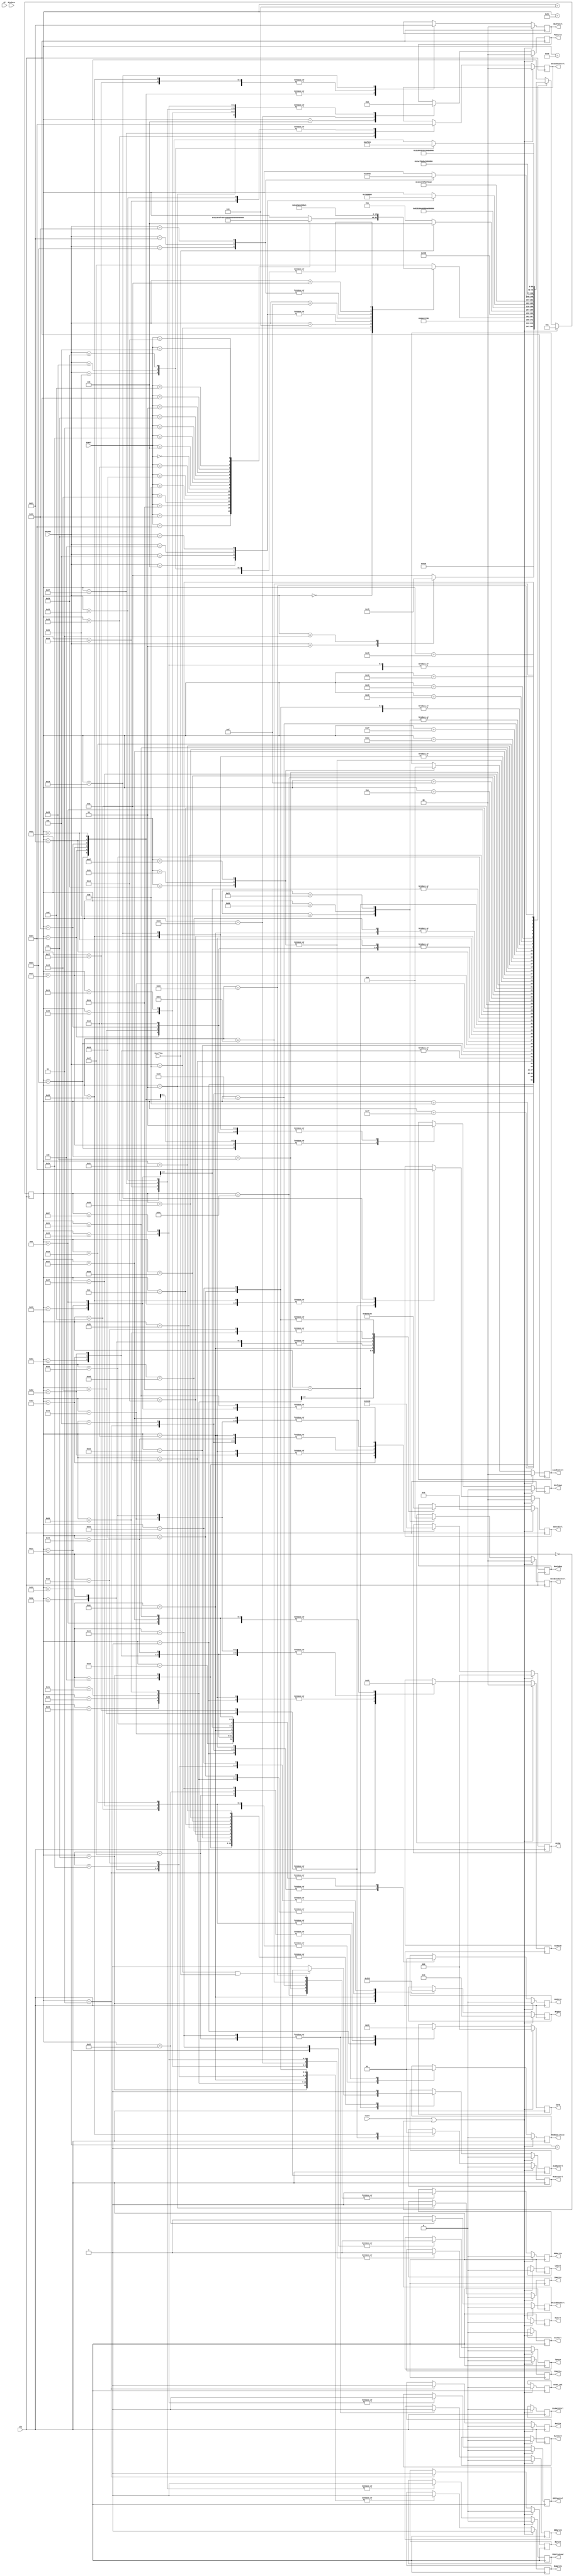
module control_unit(
    input wire clk,
    input wire reset,

    input wire [5:0] OPCODE,
    input wire [5:0] FUNCT,

    input wire Overflow, //checar se t certo
    input wire DivZero,
    input wire GT,

    // multiplexadores 

    output reg [2:0] IorD,
    output reg WriteDataCtrl,
    output reg [2:0] RegDst,
    output reg [3:0] MemtoReg,
    output reg ReduceCtrl,
    output reg [1:0] ShiftCtrl,
    output reg [1:0] EntryCtrl,
    output reg ALUSrcA,
    output reg [1:0] ALUSrcB,
    output reg ignore,
    output reg DivMultCtrl,
    output reg [1:0] BranchControl,
    output reg [1:0] PCSource,

    // escrevendo em registradores

    output reg PCWriteCond, // checar
    output reg PCWrite,
    output reg MDRwrite,
    output reg ENDwrite,
    output reg IRwrite,
    output reg RegWrite, 
    output reg ShiftOp3,
    output reg Awrite,
    output reg Bwrite,
    output reg HiCtrl,
    output reg LoCtrl,
    output reg ALUOutCtrl,
    output reg EPCControl,

    // ctrls de componentes

    output reg [1:0] WordCrackerCtrl, // 00 = word, 01 = half , 10 = byte
    output reg MemRead_Write, 
    output reg [1:0] LoadControl,
    output reg [2:0] ALUOp,
    output reg DivCtrl,
    output reg MultCtrl,

    // reset

    output reg reset_out // olhar

);

// Opcodes Parameters

// R instructions
parameter R_OPCODE = 6'h0;
parameter ADD_FUNCT = 6'h20;
parameter AND_FUNCT = 6'h24;
parameter DIV_FUNCT = 6'h1a;
parameter MULT_FUNCT = 6'h18;
parameter JR_FUNCT = 6'h8;
parameter MFHI_FUNCT = 6'h10;
parameter MFLO_FUNCT = 6'h12;
parameter SLL_FUNCT = 6'h0;
parameter SLLV_FUNCT = 6'h4;
parameter SLT_FUNCT = 6'h2a;
parameter SRA_FUNCT = 6'h3;
parameter SRAV_FUNCT = 6'h7;
parameter SRL_FUNCT = 6'h2;
parameter SUB_FUNCT = 6'h22;
parameter BREAK_FUNCT = 6'hd;
parameter RTE_FUNCT = 6'h13;
parameter XCHG_FUNCT = 6'h5;


// I instructions
parameter ADDI = 6'h8;
parameter ADDIU = 6'h9;
parameter BEQ = 6'h4;
parameter BNE = 6'h5;
parameter BLE = 6'h6;
parameter BGT = 6'h7;
parameter SRAM = 6'h1;
parameter LB = 6'h20;
parameter LH = 6'h21;
parameter LUI = 6'hf;
parameter LW = 6'h23;
parameter SB = 6'h28;
parameter SH = 6'h29;
parameter SLTI = 6'ha;
parameter SW = 6'h2b;

// J instructions
parameter J = 6'h2; 
parameter JAL = 6'h3; 

// States Paramaters

parameter state_reset = 7'd0;
parameter state_fetch1 = 7'd1;
parameter state_fetch2 = 7'd2;
parameter state_decode = 7'd3;

parameter state_jump = 7'd4;
parameter state_jal1 = 7'd5;
parameter state_jal2 = 7'd6;
parameter state_jal3 = 7'd7;
parameter state_jal4 = 7'd8;
parameter state_jal5 = 7'd79;
parameter state_jal6 = 7'd80;
parameter wait1 = 7'd9;

parameter state_aluout = 7'd10; 

parameter state_sram1 = 7'd11; 
parameter state_sram2 = 7'd12;
parameter state_sram3 = 7'd13;
parameter state_sram4 = 7'd14;
parameter state_sram5 = 7'd15;
parameter state_sram6 = 7'd92;
parameter state_sram7 = 7'd93;

parameter state_RDBR = 7'd16;
parameter state_RTBR = 7'd99;

parameter wait2 = 7'd17;

parameter state_break1 = 7'd18;
parameter state_break2 = 7'd19;
parameter state_break3 = 7'd20;

parameter state_rte = 7'd21;

parameter state_lui = 7'd22;

parameter state_srav = 7'd23;

parameter state_sllv = 7'd24;

parameter state_addi1 = 7'd25;
parameter state_addi2_addiu2 = 7'd26;
parameter state_slti1 = 7'd87;
parameter state_slti2 = 7'd88; 
parameter state_slti3 = 7'd27;
parameter state_addiu1 = 7'd28;
parameter state_addi3_addiu3 = 7'd89;

parameter state_addiu2 = 7'd30;

parameter state_sra1 = 7'd31;
parameter state_sra2 = 7'd32;

parameter state_srl1 = 7'd33;
parameter state_srl2 = 7'd34;

parameter state_sll1 = 7'd35;
parameter state_sll2 = 7'd36;

parameter state_load1 = 7'd37;
parameter state_load2 = 7'd38;
parameter state_load3 = 7'd39;
parameter state_load4 = 7'd40;
parameter state_lw = 7'd41;
parameter state_lb = 7'd94;
parameter state_lh = 7'd95;
parameter state_load6 = 7'd42;

parameter state_sw = 7'd43;  // 1, 2, 3, 4, 5, 6, separa, escrita na memoria 
parameter state_sh = 7'd49;
parameter state_sb = 7'd96;

parameter state_store1 = 7'd97;
parameter state_store2 = 7'd44;
parameter state_store3 = 7'd45;
parameter state_store4 = 7'd46;
parameter state_store5 = 7'd47;
parameter state_store6 = 7'd48;
parameter state_store8 = 7'd98;


parameter state_ula = 7'd50;

parameter state_aluout2 = 7'd51;
parameter state_aluout3 = 7'd84;

parameter state_branch1 = 7'd90;
parameter state_branch2 = 7'd91;

parameter state_bgt = 7'd53;

parameter state_bne = 7'd54;

parameter state_ble = 7'd55;

parameter state_beq = 7'd56;

parameter state_div = 7'd57;
parameter wait4 = 7'd58;

parameter state_divzero1 = 7'd59;
parameter state_divzero2 = 7'd60;
parameter state_divzero3 = 7'd61;

parameter state_mult = 7'd62;
parameter wait5 = 7'd63;

parameter state_jr = 7'd64;
parameter state_jr2 = 7'd85;
parameter wait6 = 7'd65;

parameter state_slt = 7'd66;
parameter state_slt2 = 7'd86;

parameter state_add_sub_and = 7'd67; // separou state_add_sub_and pq cada um tem um aluOp diferente
parameter state_add = 7'd81;
parameter state_sub = 7'd82;
parameter state_and = 7'd83;


parameter state_overflow1 = 7'd68;
parameter state_overflow2 = 7'd69;
parameter state_overflow3 = 7'd70;
parameter state_overflow4 = 7'd102;
parameter state_overflow5 = 7'd103;

parameter state_opcode_error1 = 7'd71; // opcode inxeistente?
parameter state_opcode_error2 = 7'd72;
parameter state_opcode_error3 = 7'd73;
parameter state_opcode_error4 = 7'd100;
parameter state_opcode_error5 = 7'd101;

parameter state_mflo = 7'd74;

parameter state_mfhi = 7'd75;

parameter state_xchg1 = 7'd76;
parameter state_xchg2 = 7'd77;
parameter state_xchg3 = 7'd78;

reg [5:0] counter;
reg [6:0] state;
reg [5:0] shiftmode;

initial begin
    reset_out = 1;
    state = state_reset;
end

always @(posedge clk) begin
    if (reset == 1'b1 || state == state_reset) begin
        // pegando o prximo estado
        state <= state_fetch1;
        // resetando os sinais
        IorD <= 3'b0;
        WriteDataCtrl <= 0;
        RegDst <= 3'b0;
        MemtoReg <= 4'b0;
        ReduceCtrl <= 0;
        ShiftCtrl <= 2'b0;
        EntryCtrl <= 2'b0;
        ALUSrcA <= 0;
        ALUSrcB <= 2'b0;
        ignore <= 0;
        DivMultCtrl <= 0;
        BranchControl <= 2'b0;
        PCSource <= 2'b0;
        PCWriteCond <= 0;
        PCWrite <= 0;
        MDRwrite <= 0;
        ENDwrite <= 0; 
        IRwrite <= 0;
        RegWrite <= 0;  
        ShiftOp3 <= 0; 
        Awrite <= 0; 
        Bwrite <= 0; 
        HiCtrl <= 0; 
        LoCtrl <= 0; 
        ALUOutCtrl <= 0; 
        EPCControl <= 0; 
        WordCrackerCtrl <= 2'b0;
        MemRead_Write <= 0; 
        LoadControl <= 2'b0;
        ALUOp <= 3'b0;
        DivCtrl <= 0; 
        MultCtrl <= 0; 
        reset_out <= 0;
        
        // resetando a pilha
        RegDst <= 3'b010;
        MemtoReg <= 4'b0101;
        RegWrite <= 1;
    end 
    else begin
        case(state)

            state_fetch1:begin // valor de pc + leitura de memory + calculo de (pc + 4)
                IorD <= 3'b000;
                MemRead_Write <= 0;
                ALUSrcA <= 0;
                ALUSrcB <= 2'b01;
                ALUOp <= 3'b001;
                state <= state_fetch2;
            end
            state_fetch2:begin // sai da memoria e escreve no IR
                PCSource <= 2'b10;
                PCWrite <= 1;
                IRwrite <= 1;
                state <= state_decode;
            end
            state_decode: begin // leitura, decodificao e escrita
                ALUSrcA <= 0;
                ALUSrcB <= 2'b11;
                ALUOp <= 3'b000; // carregamento -> essa operacao tem que mudar pra executar outra instrucao, como fazer essa verificacao antes de mandar pro estado de aluout?
                Awrite <= 1;
                Bwrite <= 1;
                case (OPCODE)

                    default: begin
                        state <= state_aluout; // coloca em aluOut
                    end

                    J: begin 
                        state <= state_jump; // pula para o estado de jump
                    end

                    JAL: begin
                        state <= state_jal1; // pula para o estado de jal
                    end

                endcase
            end
            state_jump: begin // ok
                PCSource <= 2'b00;
                PCWrite <= 1;
                state <= state_fetch1;
            end
            state_jal1: begin // ok
                ALUSrcA <= 0;
                ALUOp <= 3'b000;
                state <= state_jal2;
            end
            state_jal2: begin
                ALUOutCtrl <= 1;
                state <= state_jal3;
            end
            state_jal3: begin 
                ALUOutCtrl <= 1;
                RegDst <= 3'b001;
                MemtoReg <= 3'b000;
                RegWrite = 1;
                state <= state_jal4;
            end
            state_jal4: begin
                state <= state_jal5;
            end
            state_jal5: begin
                state <= state_jal6;
            end
            state_jal6: begin
                
                state <= wait1;
            end
            
            state_aluout: begin // ver aluOut 2
                ALUOutCtrl <= 1;

                case(OPCODE)
                    default: begin
                        state <= state_opcode_error1;
                    end
                    R_OPCODE: begin
                        case(FUNCT)

                            // intrues tipo R
                            ADD_FUNCT: begin
                                state <= state_add; 
                            end
                            AND_FUNCT: begin
                                state <= state_and; 
                            end
                            DIV_FUNCT: begin
                                state <= state_div; 
                            end
                            MULT_FUNCT: begin
                                state <= state_mult; 
                            end
                            JR_FUNCT: begin
                                state <= state_jr; 
                            end
                            MFHI_FUNCT: begin
                                state <= state_mfhi; 
                            end
                            MFLO_FUNCT: begin
                                state <= state_mflo; 
                            end
                            SLL_FUNCT: begin
                                state <= state_sll1; 
                            end
                            SLLV_FUNCT: begin
                                state <= state_sllv; 
                            end
                            SLT_FUNCT: begin
                                state <= state_slt; 
                            end
                            SRA_FUNCT: begin
                                state <= state_sra1; 
                            end
                            SRAV_FUNCT: begin
                                state <= state_srav; 
                            end
                            SRL_FUNCT: begin
                                state <= state_srl1; 
                            end
                            SUB_FUNCT: begin
                                state <= state_sub; 
                            end
                            BREAK_FUNCT: begin
                                state <= state_break1; 
                            end
                            RTE_FUNCT: begin
                                state <= state_rte; 
                            end
                            XCHG_FUNCT: begin
                                state <= state_xchg1; 
                            end
                        endcase
                    end
                    // instrues tipo I
                    ADDI: begin
                        state <= state_addi1;
                    end
                    ADDIU: begin
                        state <= state_addiu1;
                    end
                    BEQ: begin
                        state <= state_branch1;
                    end
                    BNE: begin
                        state <= state_branch1;
                    end
                    BLE: begin
                        state <= state_branch1;
                    end
                    BGT: begin
                        state <= state_branch1;
                    end
                    SRAM: begin
                        state <= state_store1;
                    end
                    LB: begin
                        state <= state_load1;
                    end
                    LH: begin
                        state <= state_load1;
                    end
                    LUI: begin
                        state <= state_lui;
                    end
                    LW: begin
                        state <= state_load1;
                    end
                    SB: begin
                        state <= state_store1;
                    end
                    SH: begin
                        state <= state_store1;
                    end
                    SLTI: begin
                        state <= state_slti1;
                    end
                    SW: begin
                        state <= state_store1;
                    end
                endcase               
            end 
            state_add: begin // operao com  ULA
                ALUSrcA <= 1;
                ALUSrcB <= 2'b00;
                ALUOp <= 3'b001;
                state <= state_aluout2;
            end
            state_and: begin
                ALUSrcA <= 1;
                ALUSrcB <= 2'b00;
                ALUOp <= 3'b011;
                state <= state_aluout2;
            end
            state_sub: begin
                ALUSrcA <= 1;
                ALUSrcB <= 2'b00;
                ALUOp <= 3'b010;
                state <= state_aluout2;
            end
            // checar se houve overflow e ento ir para o estado de overflow, se no, ir para o estado de escrita (state_add_sub_and)
            state_aluout2: begin // colocando em ALUOut
                if (Overflow == 1)
                    state <= state_overflow1;
                else 
                    state <= state_add_sub_and;
                    ALUOutCtrl <= 1;
            end
            state_add_sub_and: begin
                RegDst = 3'b011;
                MemtoReg = 4'b0000; // 000 001 010 011 100 101 110 111
                RegWrite = 1;
                state <= wait1;
            end
            wait1: begin
                state <= state_fetch1; // checar se ele realiza um ciclo antes de mudar pra fetch1
            end


            // state_div: begin
            //     DivCtrl <= 1;
            //     state <= wait1;
            // end
            // state_mult: begin
            //     MultCtrl <= 1;
            //     state <= wait1;
            // end

            state_jr: begin // operacao com a ULA
                ALUSrcA <= 1;
                ALUSrcB <= 2'b00;
                ALUOp <= 3'b000; // carregamento
                state <= wait1;
            end

            state_aluout3: begin // colocando em ALUOut
                ALUOutCtrl <= 1;
            end

            state_jr2: begin // atualizacao do pc
                PCSource <= 2'b10;
                PCWrite <= 1;
                state <= wait1;
            end

            // todos a partir de agora ja passaram pelo estado 4 (colocando em aluOUt)
            state_mfhi: begin // carregamento: hi -> rd
                RegDst <= 3'b011;
                MemtoReg <= 4'b0110;
                RegWrite <= 1;
                state <= wait1;
            end
            state_mflo: begin // carregamento: lo -> rd
                RegDst <= 3'b011;
                MemtoReg <= 4'b1000;
                RegWrite <= 1;
                state <= wait1;
            end

            state_sll1: begin // load shamt no registrador de deslocamento
                ShiftCtrl <= 2'b10;
                EntryCtrl <= 2'b01;
                ShiftOp3 <= 3'b001; // load
                state <= state_sll2;
            end

            state_sll2: begin // deslocamento
                ShiftCtrl <= 2'b10;
                EntryCtrl <= 2'b01;
                ShiftOp3 <= 3'b010; // shift
                state <= state_RDBR;
            end

            state_sllv: begin // leva o q vem de A e B para o RD
                EntryCtrl <= 2'b10;
                ReduceCtrl <= 0;
                ShiftCtrl <= 2'b00;
                ShiftOp3 <= 3'b010; 
                state <= state_RDBR;
            end

            // slt
            state_slt: begin // operacao com a ULA
                ALUSrcA <= 1;
                ALUSrcB <= 2'b00;
                ALUOp <= 3'b111;
                state <= state_slt2;
            end

            state_slt2: begin
                RegDst <= 3'b011;
                RegWrite <= 1;
                MemtoReg <= 4'b0100;
                state <= wait1;
            end 

            state_sra1: begin
                ShiftCtrl <= 2'b10;
                EntryCtrl <= 2'b01;
                ShiftOp3 <= 3'b001;
                state <= state_sra2;
            end

            state_sra2: begin
                ShiftCtrl <= 2'b10;
                EntryCtrl <= 2'b01;
                ShiftOp3 <= 3'b100;
                state <= state_RDBR;
            end

            state_srav: begin
                ShiftCtrl <= 2'b00;
                ReduceCtrl <= 0;
                EntryCtrl <= 2'b10;
                ShiftOp3 <= 3'b100;
                state <= state_RDBR;
            end

            state_srl1: begin 
                ShiftCtrl <= 2'b10;
                EntryCtrl <= 2'b01;
                ShiftOp3 <= 3'b001;
                state <= state_srl2;
            end 

            state_srl2: begin
                ShiftCtrl <= 2'b10;
                EntryCtrl <= 2'b01;
                ShiftOp3 <= 3'b011;
                state <= state_RDBR;
            end

            state_break1: begin 
                ALUSrcA <= 0;
                ALUSrcB <= 2'b01;
                ALUOp <= 3'b010;
                state <= state_break2;
            end

            state_break2: begin 
                ALUOutCtrl <= 1;
                state <= state_break3;
            end 

            state_break3: begin
                PCWrite <= 1;
                PCSource <= 2'b10;
                state <= state_fetch1;
            end

            state_rte: begin
                PCSource <= 2'b01;
                PCWrite <= 1;
                state <= state_fetch1;
            end

            state_xchg1: begin 
                RegDst <= 3'b100;
                MemtoReg <= 4'b0111;
                RegWrite <= 1;
                ALUSrcA <= 1;
                ALUOp <= 3'b000;
                state <= state_xchg3;
            end 

            state_xchg2: begin 
                ALUOutCtrl <= 1;
                state <= state_xchg3;
            end

            state_xchg3: begin
                RegDst <= 3'b000;
                MemtoReg <= 4'b0000;
                RegWrite <= 1;
                state <= state_fetch1;
            end

            state_addi1: begin 
                ALUSrcA <= 1;
                ALUSrcB <= 2'b10;
                ALUOp <= 3'b001;
                state <= state_addi2_addiu2;
            end

            state_addi2_addiu2: begin
                if (OPCODE == ADDI && Overflow == 1)
                    state <= state_overflow1;
                
                else 
                    ALUOutCtrl <= 1;
                    state <= state_addi3_addiu3;
            end

            state_addi3_addiu3: begin 
                RegDst <= 2'b00;
                RegWrite <= 1;
                MemtoReg <= 4'b0000;
                state <= state_fetch1;
            end

            state_addiu1: begin
                ALUSrcA <= 1;
                ALUSrcB <= 2'b10;
                ALUOp <= 3'b001;
                ignore <= 1;
                state <= state_addi2_addiu2;
            end 

            state_branch1: begin
                ALUSrcA <= 1;
                ALUSrcB <= 2'b00;
                ALUOp <= 3'b111;
                state <= state_branch2;
            end

            state_branch2: begin
                ALUOutCtrl <= 1;
                case(OPCODE)
                    BEQ: begin
                        state <= state_beq;
                    end
                    BNE: begin
                        state <= state_bne;
                    end
                    BLE: begin
                        state <= state_ble;
                    end
                    BGT: begin
                        state <= state_bgt;
                    end
                endcase
            end

            state_beq: begin
                PCSource <= 2'b10;
                PCWriteCond <= 1;
                BranchControl <= 2'b10;
                state <= state_fetch1;
            end

            state_bne: begin 
                PCSource <= 2'b10;
                PCWriteCond <= 1;
                BranchControl <= 2'b00;
                state <= state_fetch1;
            end

            state_ble: begin
                PCSource <= 2'b10;
                PCWriteCond <= 1;
                BranchControl <= 2'b01;
                state <= state_fetch1;
            end

            state_bgt: begin
                PCSource <= 2'b10;
                PCWriteCond <= 1;
                BranchControl <= 2'b00;
                state <= state_fetch1;
            end
            
            state_sram1: begin
                ALUSrcA <= 1;
                ALUSrcB <= 2'b10;
                ALUOp <= 3'b001;
                state <= state_sram1;
            end

            state_sram2: begin
                ALUOutCtrl <= 1;
                state <= state_sram3;
            end

            state_sram3: begin
                MemRead_Write <= 0;
                IorD <= 3'b101;
                state <= state_sram4;
            end

            state_sram4: begin
                state <= state_sram5;
            end

            state_sram5: begin
                state <= state_sram6;
            end

            state_sram6: begin
                MDRwrite <= 1;
                state <= state_sram7;
            end

            state_sram7: begin
                ReduceCtrl <= 1;
                ShiftCtrl <= 2'b00;
                EntryCtrl <= 2'b01;
                ShiftOp3 <= 3'b100;
                state <= state_RTBR;
            end

            state_load1: begin
                ALUSrcA <= 1;
                ALUSrcB <= 2'b10;
                ALUOp <= 3'b001;
            end

            state_load2: begin 
                ALUOutCtrl <= 1;
                state <= state_load3;
            end

            state_load3: begin
                IorD <= 3'b101;
                MemRead_Write <= 0;
                state <= state_load4;
            end
            
            state_load4: begin
                MDRwrite <= 1;
                case(OPCODE)
                    LW: begin
                        state <= state_lw;
                    end
                    LH: begin
                        state <= state_lh;
                    end
                    LB: begin
                        state <= state_lb;
                    end
                endcase
            end

            state_lw: begin 
                MemtoReg <= 4'b0001;
                LoadControl <= 2'b00;
                state <= state_load6;
            end

            state_lb: begin 
                MemtoReg <= 4'b0001;
                LoadControl <= 2'b10;
                state <= state_load6;
            end

            state_lh: begin 
                MemtoReg <= 4'b0001;
                LoadControl <= 2'b01;
                state <= state_load6;
            end
            
            state_load6: begin 
                RegDst <= 2'b00;
                RegWrite <= 1;
                state <= state_fetch1;
            end

            state_lui: begin 
                EntryCtrl <= 2'b00;
                ShiftCtrl <= 2'b01;
                ShiftOp3 <= 3'b010;
                state <= state_RTBR;
            end

            state_slti1: begin 
                ALUSrcA <= 1;
                ALUSrcB <= 2'b10;
                ALUOp <= 3'b111;
                state <= state_slti2;
            end

            state_slti2: begin
                ALUOutCtrl <= 1;
                state <= state_slti3;
            end

            state_slti3: begin 
                RegDst <= 2'b00;
                RegWrite <= 1;
                MemtoReg <= 4'b0100;
                state <= state_fetch1;
            end 

            state_store1: begin
                ALUSrcA <= 1;
                ALUSrcB <= 2'b10;
                ALUOp  <= 3'b001;
                state <= state_store2;
            end
            
            state_store2: begin
                ALUOutCtrl <= 1;
                state <= state_store3;
            end

            state_store3: begin
                MemRead_Write <= 0;
                IorD <= 3'b101;
                state <= state_store4;
            end

            state_store4: begin
                state <= state_store5;
            end

            state_store5: begin 
                state <= state_store6;
            end

            state_store6: begin 
                MDRwrite <= 1;
                case(OPCODE)
                    SW: begin
                        state <= state_sw;
                    end
                    SB: begin 
                        state <= state_sb;
                    end
                    SH: begin 
                        state <= state_sh;
                    end
                endcase
            end

            state_sw: begin
                WordCrackerCtrl <= 00;
                state <= state_store8;
            end

            state_sb: begin
                WordCrackerCtrl <= 10;
                state <= state_store8;
            end

            state_sh: begin
                WordCrackerCtrl <= 01;
                state <= state_store8;
            end

            state_store8: begin 
                WriteDataCtrl <= 1;
                MemRead_Write <= 1;
                state <= wait1;
            end 

            state_RDBR: begin 
                MemtoReg <= 4'b0011;
                RegDst <= 3'b011;
                RegWrite <= 1;
                state <= wait1;
            end

            state_RTBR: begin 
                MemtoReg <= 4'b0011;
                RegDst <= 3'b000;
                RegWrite <= 1;
                state <= wait1;
            end

            state_opcode_error1: begin 
                IorD <= 3'b001;
                ENDwrite <= 1;
                MemRead_Write <= 1;
            end

            state_opcode_error2: begin 
                state <= state_opcode_error3;
            end

            state_opcode_error3: begin
                state <= state_opcode_error4;
            end

            state_opcode_error4: begin 
                MDRwrite <= 1;
                state <= state_opcode_error5;
            end 

            state_opcode_error5: begin
                PCSource <= 3'b010;
                EPCControl <= 1;
                PCWrite <= 1;
                state <= state_fetch1;
            end
            
            state_overflow1: begin 
                IorD <= 3'b001;
                ENDwrite <= 1;
                MemRead_Write <= 1;
                ignore <= 1;
                state <= state_overflow2;
            end

            state_overflow2: begin 
                state <= state_overflow3;
            end

            state_overflow3: begin
                state <= state_overflow4;
            end

            state_overflow4: begin 
                MDRwrite <= 1;
                state <= state_overflow5;
            end 

            state_overflow5: begin
                PCSource <= 3'b010;
                EPCControl <= 1;
                PCWrite <= 1;
                state <= state_fetch1;
            end
        endcase
    end
end
endmodule
            /* state_mult: begin
                while (counter < )
                multCtrl
            end */